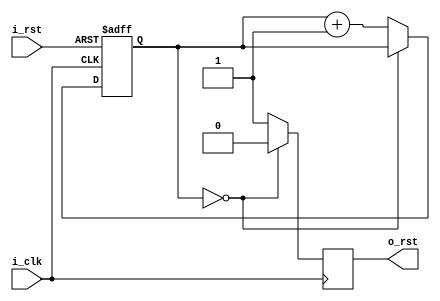
`timescale 1ns / 1ps
//////////////////////////////////////////////////////////////////////////////////
// Company: 
// Engineer: 
// 
// Design Name: 
// Module Name: rst_gen_module
// Project Name: 
// Target Devices: 
// Tool Versions: 
// Description: 
// 
// Dependencies: 
// 
// Revision:
// Revision 0.01 - File Created
// Additional Comments:
// 
//////////////////////////////////////////////////////////////////////////////////


module rst_gen_module#(
    parameter       P_RST_CYCLE     =   1   
)(
    input           i_rst                   ,
    input           i_clk                   ,
    output          o_rst                   
);

reg                 ro_rst=1                ;
reg  [15 :0]         r_cnt=0                 ;

assign              o_rst = ro_rst          ;

always@(posedge i_clk,posedge i_rst)
begin
    if(i_rst)
        r_cnt <= 'd0;
    else if(r_cnt == P_RST_CYCLE - 1 || P_RST_CYCLE == 0)
        r_cnt <= r_cnt;
    else 
        r_cnt <= r_cnt + 1;
end

always@(posedge i_clk)
begin
    if(r_cnt == P_RST_CYCLE - 1 || P_RST_CYCLE == 0)
        ro_rst <= 'd0;
    else 
        ro_rst <= 'd1;
end

endmodule